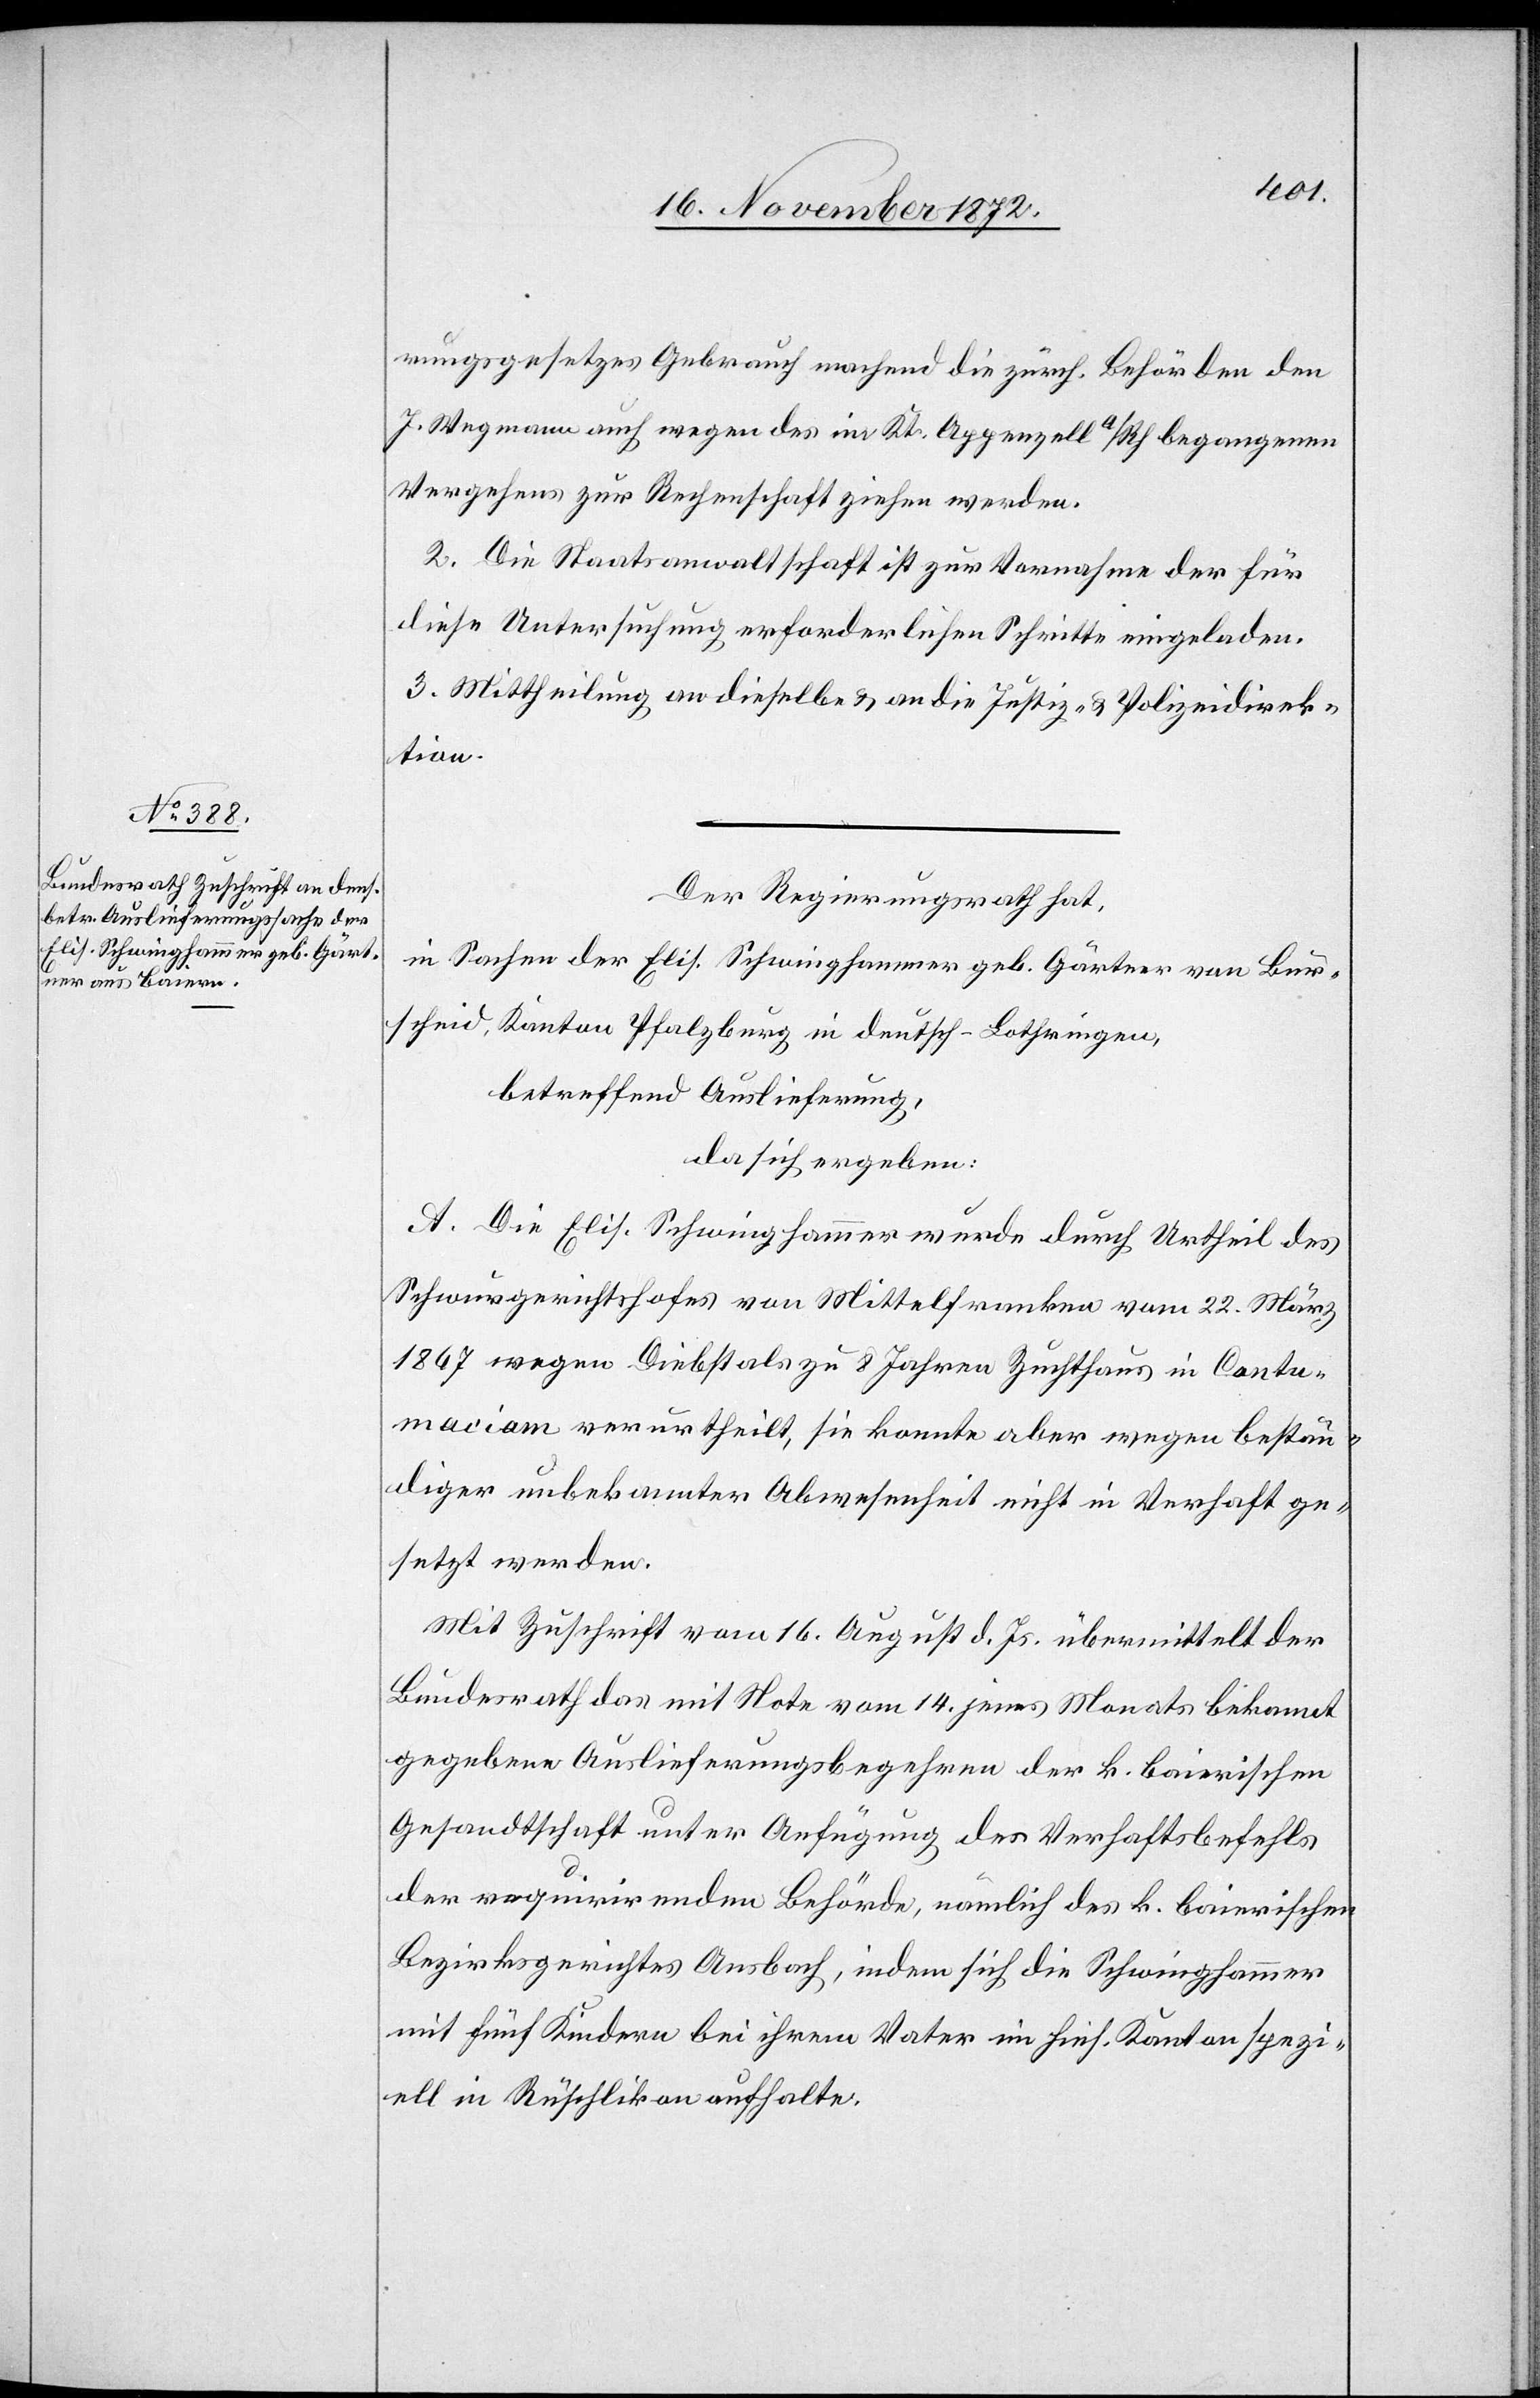
rungsgesetzes Gebrauch machend die zürch. Behörden den
2. Die Staatsanwaltschaft ist zur Vornahme der für
diese Untersuchung erforderlichen Schritte eingeladen.
3. Mittheilung an dieselbe u. an die Justiz- u. Polizeidirek¬
tion.
Der Regierungsrath hat,
in Sachen der Elis. Schwinghammer geb. Gärtner von Bur¬
scheid, Kanton Pfalzburg in deutsch-Lothringen,
betreffend Auslieferung,
da sich ergeben:
A. Die Elis. Schwinghammer wurde durch Urtheil des
Schwurgerichtshofes von Mittelfranken vom 22. März
1867 wegen Diebstals zu 8 Jahren Zuchthaus in Contu¬
maciam verurtheilt, sie konnte aber wegen bestän¬
diger unbekannter Abwesenheit nicht in Verhaft ge¬
setzt werden.
Mit Zuschrift vom 16. August d. Js. übermittelt der
Bundesrath das mit Note vom 14. jenes Monats bekannt
gegebene Auslieferungsbegehren der k. baierischen
Gesandtschaft unter Anfügung des Verhaftsbefehls
der requirirenden Behörde, nämlich des k. baierischen
Bezirksgerichtes Ansbach, indem sich die Schwinghammer
mit fünf Kindern bei ihrem Vater im hies. Kanton spezi¬
ell in Rüschlikon aufhalte.